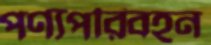
পণ্যপরিবহন